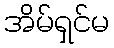
အိမ်ရှင်မ